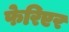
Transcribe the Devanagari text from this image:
फेरिएर